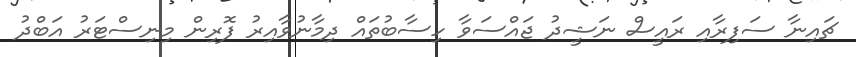
ޗައިނާ ސަފިރާއި ރައީސް ނަޝީދު ޖައްސަވާ ހިސާބުތައް ދިމާނުވާއިރު ފޮރިން މިނިސްޓަރު އަބްދު